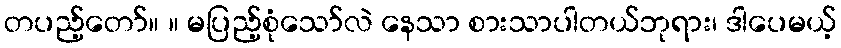
တပည့်တော်။ ။ မပြည့်စုံသော်လဲ နေသာ စားသာပါတယ်ဘုရား၊ ဒါပေမယ့်